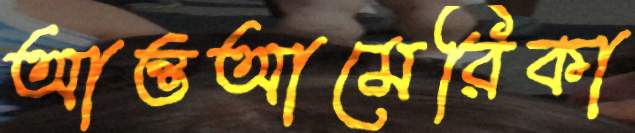
আন্তআমেরিকা